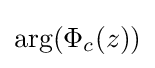
\arg(\Phi _{c}(z))